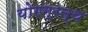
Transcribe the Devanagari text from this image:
योगग्रन्थ